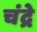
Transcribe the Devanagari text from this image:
चंद्रे